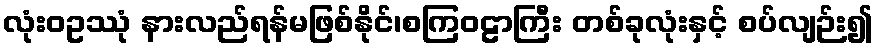
လုံးဝဥဿုံ နားလည်ရန်မဖြစ်နိုင်၊စကြဝဠာကြီး တစ်ခုလုံးနှင့် စပ်လျဉ်း၍